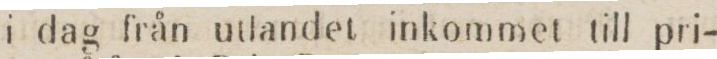
i dag från utlandet inkommet till pri-